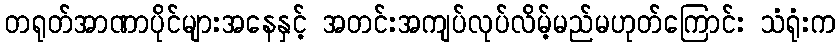
တရုတ်အာဏာပိုင်များအနေနှင့် အတင်းအကျပ်လုပ်လိမ့်မည်မဟုတ်ကြောင်း သံရုံးက